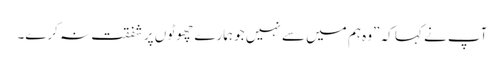
آپ نے کہا کہ ”وہ ہم میں سے نہیں جو ہمارے چھوٹو ں پر شفقت نہ کرے۔